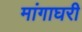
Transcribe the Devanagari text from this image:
मांगाघरी